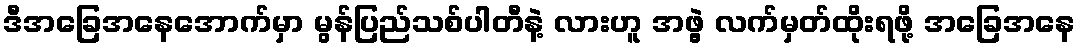
ဒီအခြေအနေအောက်မှာ မွန်ပြည်သစ်ပါတီနဲ့ လားဟူ အဖွဲ့ လက်မှတ်ထိုးရဖို့ အခြေအနေ